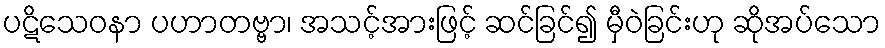
ပဋိသေဝနာ ပဟာတဗ္ဗာ၊ အသင့်အားဖြင့် ဆင်ခြင်၍ မှီဝဲခြင်းဟု ဆိုအပ်သော